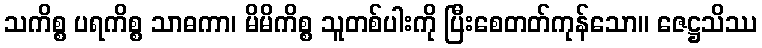
သကိစ္စ ပရကိစ္စ သာဓကာ၊ မိမိကိစ္စ သူတစ်ပါးကို ပြီးစေတတ်ကုန်သော။ ဇေဋ္ဌသိဿ